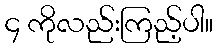
၄ ကိုလည်းကြည့်ပါ။